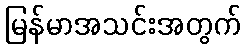
မြန်မာအသင်းအတွက်